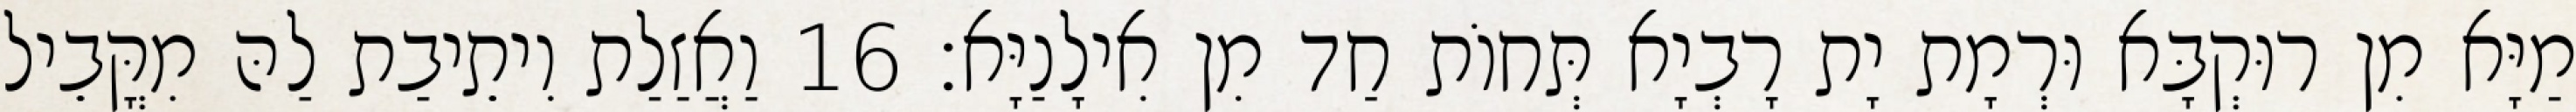
מַיָּא מִן רוּקְבָּא וּרְמָת יָת רָבְיָא תְּחוֹת חַד מִן אִילָנַיָּא׃ 16 וַאֲזַלַת וִיתֵיבַת לַהּ מִקֳּבֵיל